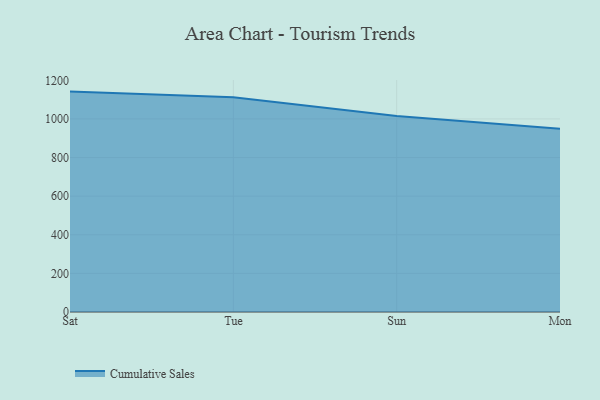
{"axis": {"x": "Day", "y": "Energy Usage (MWh)"}, "legend": ["Cumulative Sales"], "data": [{"x": "Sat", "y": 1141.5, "type": "Cumulative Sales"}, {"x": "Tue", "y": 1112.6, "type": "Cumulative Sales"}, {"x": "Sun", "y": 1014.6, "type": "Cumulative Sales"}, {"x": "Mon", "y": 949.0, "type": "Cumulative Sales"}]}